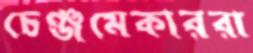
চেঞ্জমেকাররা